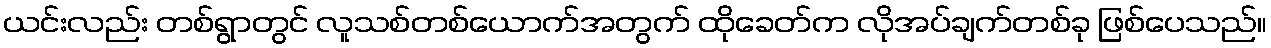
ယင်းလည်း တစ်ရွာတွင် လူသစ်တစ်ယောက်အတွက် ထိုခေတ်က လိုအပ်ချက်တစ်ခု ဖြစ်ပေသည်။